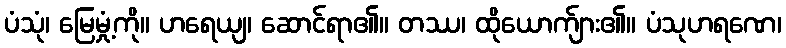
ပံသုံ၊ မြေမှုံ့ကို။ ဟရေယျ၊ ဆောင်ရာ၏။ တဿ၊ ထိုယောက်ျား၏။ ပံသုဟရဏေ၊